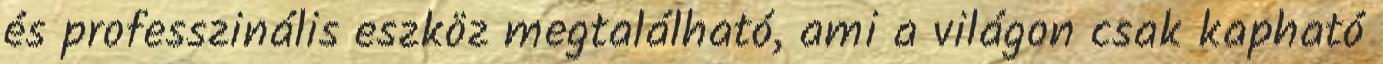
és professzinális eszköz megtalálható, ami a világon csak kapható